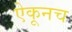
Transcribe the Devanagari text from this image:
ऐकूनच